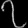
Digit: ၇